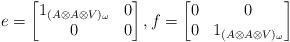
LaTeX: \begin{align*}e=\begin{bmatrix}1_{(A\otimes A \otimes V)_\omega}&0\\0&0\end{bmatrix},f=\begin{bmatrix}0&0\\0&1_{(A\otimes A \otimes V)_\omega}\end{bmatrix}\end{align*}